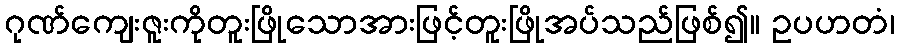
ဂုဏ်ကျေးဇူးကိုတူးဖြိုသောအားဖြင့်တူးဖြိုအပ်သည်ဖြစ်၍။ ဥပဟတံ၊